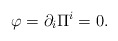
\begin{align*}\varphi = \partial _i \Pi ^i = 0. \end{align*}